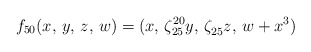
\begin{align*} f_{50}(x,\,y,\, z,\, w)=(x,\, \zeta_{25}^{20}y,\, \zeta_{25}^{}z,\,w+x^3) \end{align*}